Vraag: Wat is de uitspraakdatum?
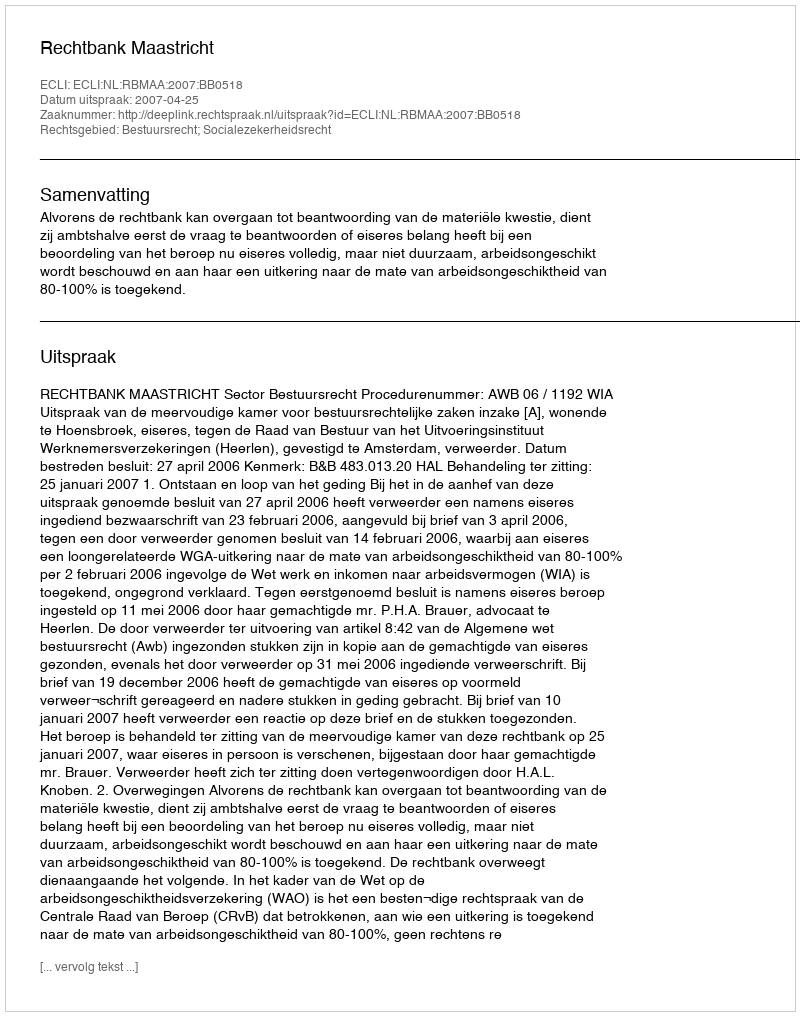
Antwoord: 2007-04-25